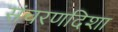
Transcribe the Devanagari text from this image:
संचरणदिशा